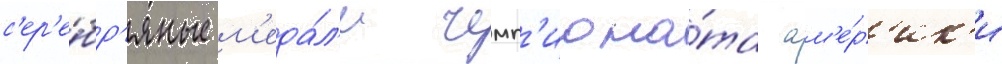
с'ер'е́бр'яные м'еда́л'и чемп'иона́та ам'е́р'ик'и